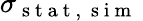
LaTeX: \sigma_{\mathrm{~s~t~a~t~,~\mathrm{~s~i~m~}~}}